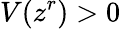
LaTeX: V(z^{r})>0